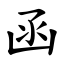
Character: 函